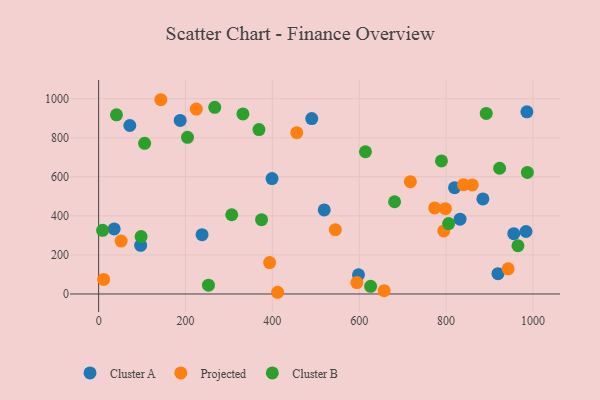
{"axis": {"x": "Price", "y": "Yield"}, "legend": ["Cluster A", "Cluster B", "Projected"], "data": [{"x": "832.1", "y": 382.9, "type": "Cluster A"}, {"x": "399.2", "y": 590.7, "type": "Cluster A"}, {"x": "187.8", "y": 888.8, "type": "Cluster A"}, {"x": "238.1", "y": 303.5, "type": "Cluster A"}, {"x": "519.4", "y": 430.5, "type": "Cluster A"}, {"x": "919.4", "y": 103.7, "type": "Cluster A"}, {"x": "71.8", "y": 862.7, "type": "Cluster A"}, {"x": "490.6", "y": 898.2, "type": "Cluster A"}, {"x": "96.8", "y": 249.3, "type": "Cluster A"}, {"x": "598.3", "y": 98.4, "type": "Cluster A"}, {"x": "986.0", "y": 932.8, "type": "Cluster A"}, {"x": "955.8", "y": 308.7, "type": "Cluster A"}, {"x": "983.9", "y": 320.0, "type": "Cluster A"}, {"x": "884.7", "y": 486.5, "type": "Cluster A"}, {"x": "35.8", "y": 333.2, "type": "Cluster A"}, {"x": "819.5", "y": 544.2, "type": "Cluster A"}, {"x": "224.9", "y": 946.8, "type": "Projected"}, {"x": "545.0", "y": 329.3, "type": "Projected"}, {"x": "143.2", "y": 994.7, "type": "Projected"}, {"x": "798.4", "y": 436.9, "type": "Projected"}, {"x": "412.1", "y": 8.7, "type": "Projected"}, {"x": "11.5", "y": 74.7, "type": "Projected"}, {"x": "840.1", "y": 559.6, "type": "Projected"}, {"x": "51.8", "y": 270.8, "type": "Projected"}, {"x": "657.3", "y": 17.1, "type": "Projected"}, {"x": "794.6", "y": 322.8, "type": "Projected"}, {"x": "393.7", "y": 160.9, "type": "Projected"}, {"x": "942.8", "y": 128.7, "type": "Projected"}, {"x": "773.7", "y": 440.4, "type": "Projected"}, {"x": "717.7", "y": 575.3, "type": "Projected"}, {"x": "860.2", "y": 558.4, "type": "Projected"}, {"x": "594.5", "y": 58.2, "type": "Projected"}, {"x": "456.2", "y": 826.1, "type": "Projected"}, {"x": "681.4", "y": 472.2, "type": "Cluster B"}, {"x": "614.3", "y": 728.4, "type": "Cluster B"}, {"x": "923.2", "y": 643.7, "type": "Cluster B"}, {"x": "41.1", "y": 917.4, "type": "Cluster B"}, {"x": "306.4", "y": 405.7, "type": "Cluster B"}, {"x": "375.1", "y": 380.6, "type": "Cluster B"}, {"x": "267.3", "y": 955.8, "type": "Cluster B"}, {"x": "987.1", "y": 622.2, "type": "Cluster B"}, {"x": "332.2", "y": 921.8, "type": "Cluster B"}, {"x": "204.6", "y": 802.1, "type": "Cluster B"}, {"x": "9.2", "y": 325.8, "type": "Cluster B"}, {"x": "97.8", "y": 294.1, "type": "Cluster B"}, {"x": "105.9", "y": 771.3, "type": "Cluster B"}, {"x": "369.1", "y": 842.1, "type": "Cluster B"}, {"x": "965.4", "y": 246.9, "type": "Cluster B"}, {"x": "805.8", "y": 360.7, "type": "Cluster B"}, {"x": "892.4", "y": 924.5, "type": "Cluster B"}, {"x": "789.3", "y": 681.5, "type": "Cluster B"}, {"x": "626.2", "y": 39.2, "type": "Cluster B"}, {"x": "252.9", "y": 45.3, "type": "Cluster B"}]}